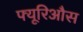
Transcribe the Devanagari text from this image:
फ्यूरिऔस